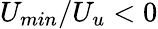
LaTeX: U_{min}/U_{u}<0